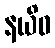
နယိဓ